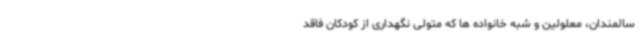
سالمندان، معلولین و شبه خانواده ها که متولی نگهداری از کودکان فاقد